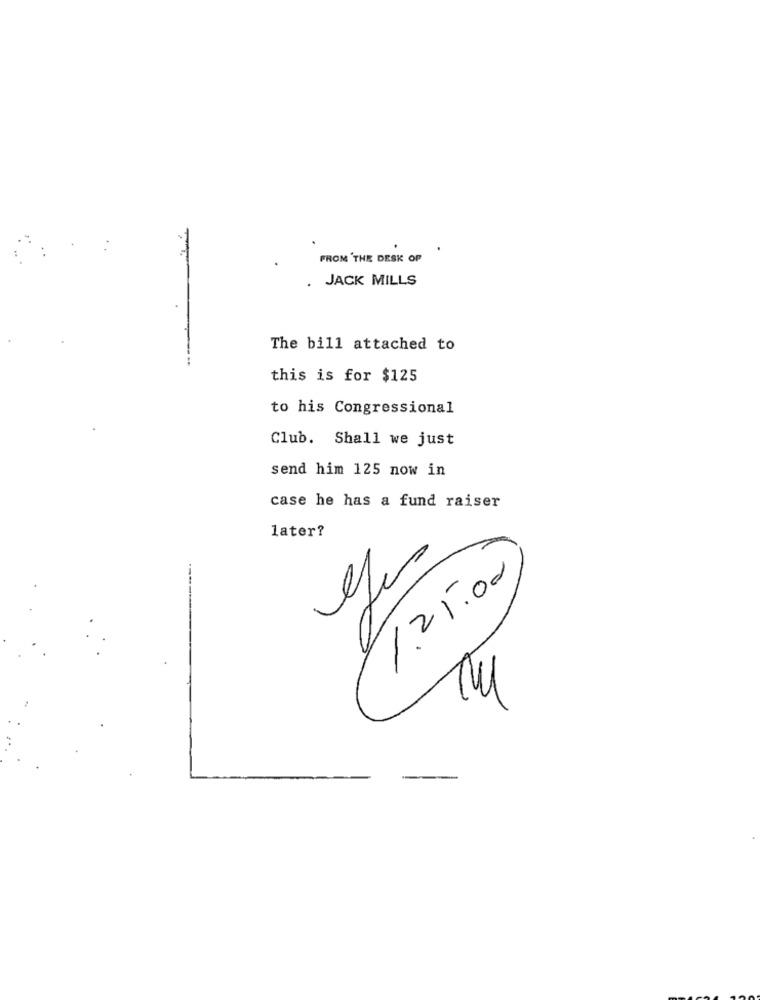
FROM THE DESK OP
JACK MILLS
The bill attached to
this is for $125
to his Congressional
Club. Shall we just
send him 125 now in
case he has a fund raiser
later?
1.25.00
3